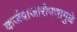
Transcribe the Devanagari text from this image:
कर्जबाजारीपणामुळे